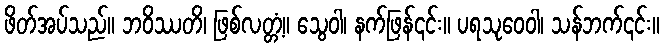
ဖိတ်အပ်သည်။ ဘဝိဿတိ၊ ဖြစ်လတ္တံ့။ သွေဝါ၊ နက်ဖြန်၎င်း။ ပရသုဝေဝါ၊ သန်ဘက်၎င်း။